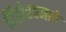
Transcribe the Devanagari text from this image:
दिंडोरवनाचे